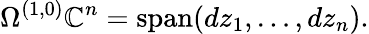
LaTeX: \Omega^{(1,0)}\mathbb{C}^{n}=\operatorname{span}(dz_{1},\dots,dz_{n}).